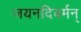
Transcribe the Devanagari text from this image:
जयनदिवर्मन्